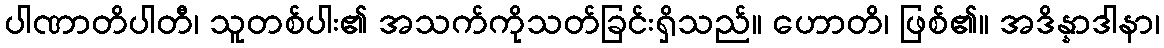
ပါဏာတိပါတီ၊ သူတစ်ပါး၏ အသက်ကိုသတ်ခြင်းရှိသည်။ ဟောတိ၊ ဖြစ်၏။ အဒိန္နာဒါနာ၊